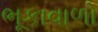
ભૂકાવાળો